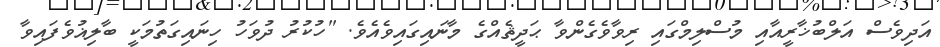
އަދިވެސް އަލްބުޚާރީއާއި މުސްލިމްގައި ރިވާވެގެންވާ ޙަދީޘެއްގެ މާނައިގައިވެއެވެ. "ހުކުރު ދުވަހު ހިނައިގަތުމަކީ ބާލިޣުވެފައިވާ